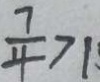
\frac { 7 } { 4 } > 1